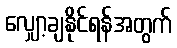
လျှော့ချနိုင်ရန်အတွက်